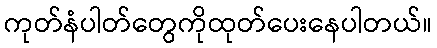
ကုတ်နံပါတ်တွေကိုထုတ်ပေးနေပါတယ်။